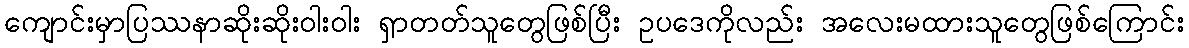
ကျောင်းမှာပြဿနာဆိုးဆိုးဝါးဝါး ရှာတတ်သူတွေဖြစ်ပြီး ဥပဒေကိုလည်း အလေးမထားသူတွေဖြစ်ကြောင်း